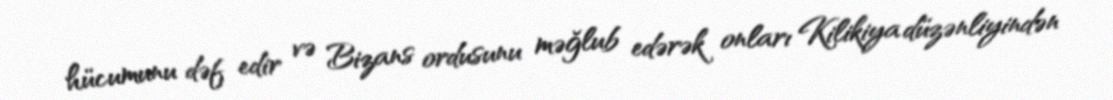
hücumunu dəf edir və Bizans ordusunu məğlub edərək onları Kilikiya düzənliyindən